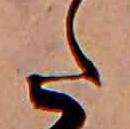
た